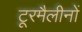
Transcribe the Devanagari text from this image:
टूरमैलीनों